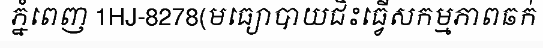
ភ្នំពេញ 1HJ-8278(មធ្យោបាយជិះធ្វើសកម្មភាពឆក់